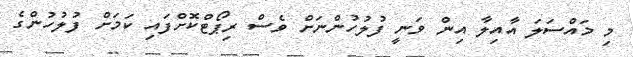
މި މައްސަލަ އާއިލާ އިން ވަނީ ފުލުހުންނަށް ވެސް ރިޕޯޓްކޮށްފައި ކަމަށް ފުލުހުންގެ